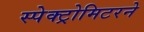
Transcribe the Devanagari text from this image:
स्पेक्ट्रोमिटरने